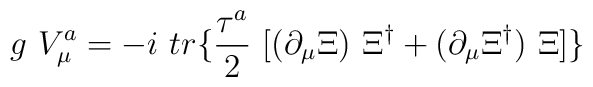
g~V_\mu^a = -i~tr\{ \frac{\tau^a}{2} ~[(\partial_\mu \Xi)~\Xi^\dag + (\partial_\mu \Xi^\dag)~\Xi]\}